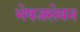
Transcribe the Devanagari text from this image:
भेषजसेवन